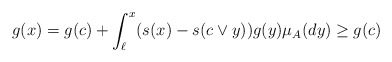
\begin{align*}g(x)= g(c) + \int_{\ell}^x( s(x)-s(c\vee y))g(y)\mu_A(dy) \geq g(c)\end{align*}